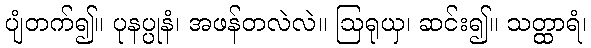
ပျံတက်၍။ ပုနပ္ပုနံ၊ အဖန်တလဲလဲ။ ဩရုယှ၊ ဆင်း၍။ သတ္ထာရံ၊